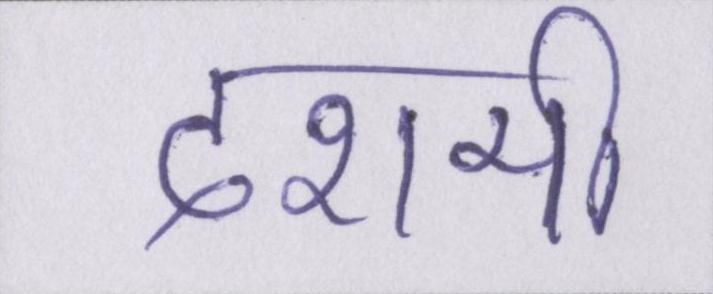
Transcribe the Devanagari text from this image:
दशमी